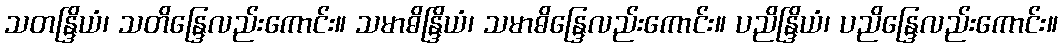
သတန္ဒြိယံ၊ သတိန္ဒြေလည်းကောင်း။ သမာဓိန္ဒြိယံ၊ သမာဓိန္ဒြေလည်းကောင်း။ ပညိန္ဒြိယံ၊ ပညိန္ဒြေလည်းကောင်း။